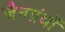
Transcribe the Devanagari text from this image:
जैनग्रंथों